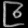
Digit: ၉